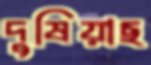
দুষিয়াছ